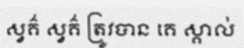
ស្វគ៌ ស្វគ៌ ត្រូវបាន គេ ស្គាល់